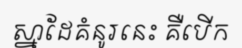
ស្នាដែគំនូរនេះ គឺបើក